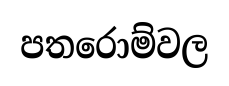
පතරොම්වල